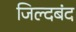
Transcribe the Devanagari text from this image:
जिल्दबंद